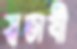
স্বভাষী